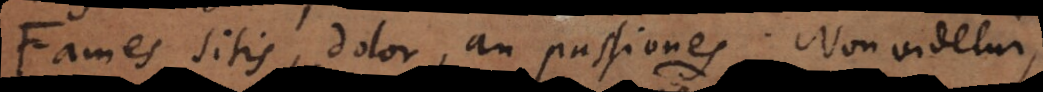
Fames, sitis, dolor, an passiones? Non videtur,